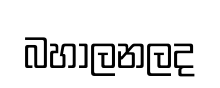
බහාලනලද